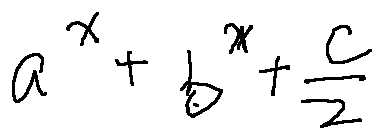
a ^ { x } + b ^ { x } + \frac { c } { 2 }